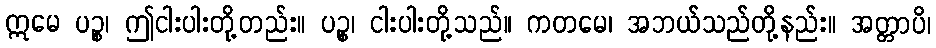
ဣမေ ပဉ္စ၊ ဤငါးပါးတို့တည်း။ ပဉ္စ၊ ငါးပါးတို့သည်။ ကတမေ၊ အဘယ်သည်တို့နည်း။ အတ္တာပိ၊